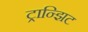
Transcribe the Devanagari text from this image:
ट्रान्झिट